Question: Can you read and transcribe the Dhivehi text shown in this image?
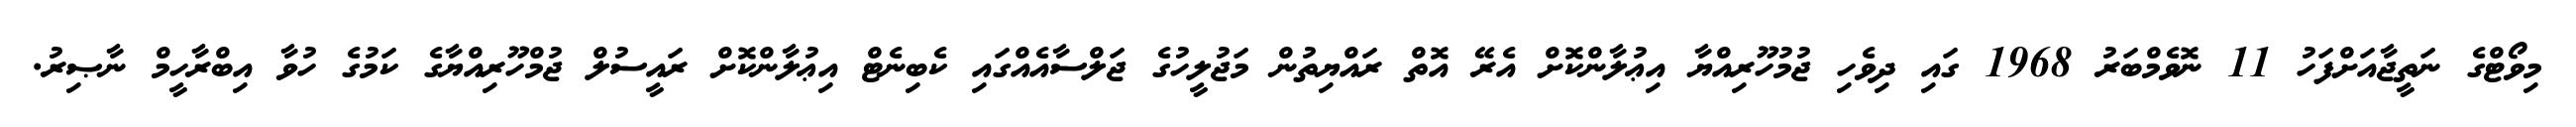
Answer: މިވޯޓްގެ ނަތީޖާއަށްފަހު 11 ނޮވެމްބަރު 1968 ގައި ދިވެހި ޖުމުހޫރިއްޔާ އިޢުލާންކޮށް އެރޭ އޮތް ރައްޔިތުން މަޖުލީހުގެ ޖަލްސާއެއްގައި ކެބިނެޓް އިޢުލާންކޮށް ރައީސުލް ޖުމްހޫރިއްޔާގެ ކަމުގެ ހުވާ އިބްރާހީމް ނާޞިރު.